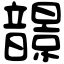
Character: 𩐿